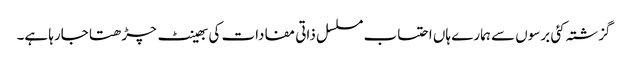
گزشتہ کئی برسوں سے ہمارے ہاں احتساب مسلسل ذاتی مفادات کی بھینٹ چڑھتا جارہا ہے۔